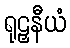
ရုဠှနီယံ